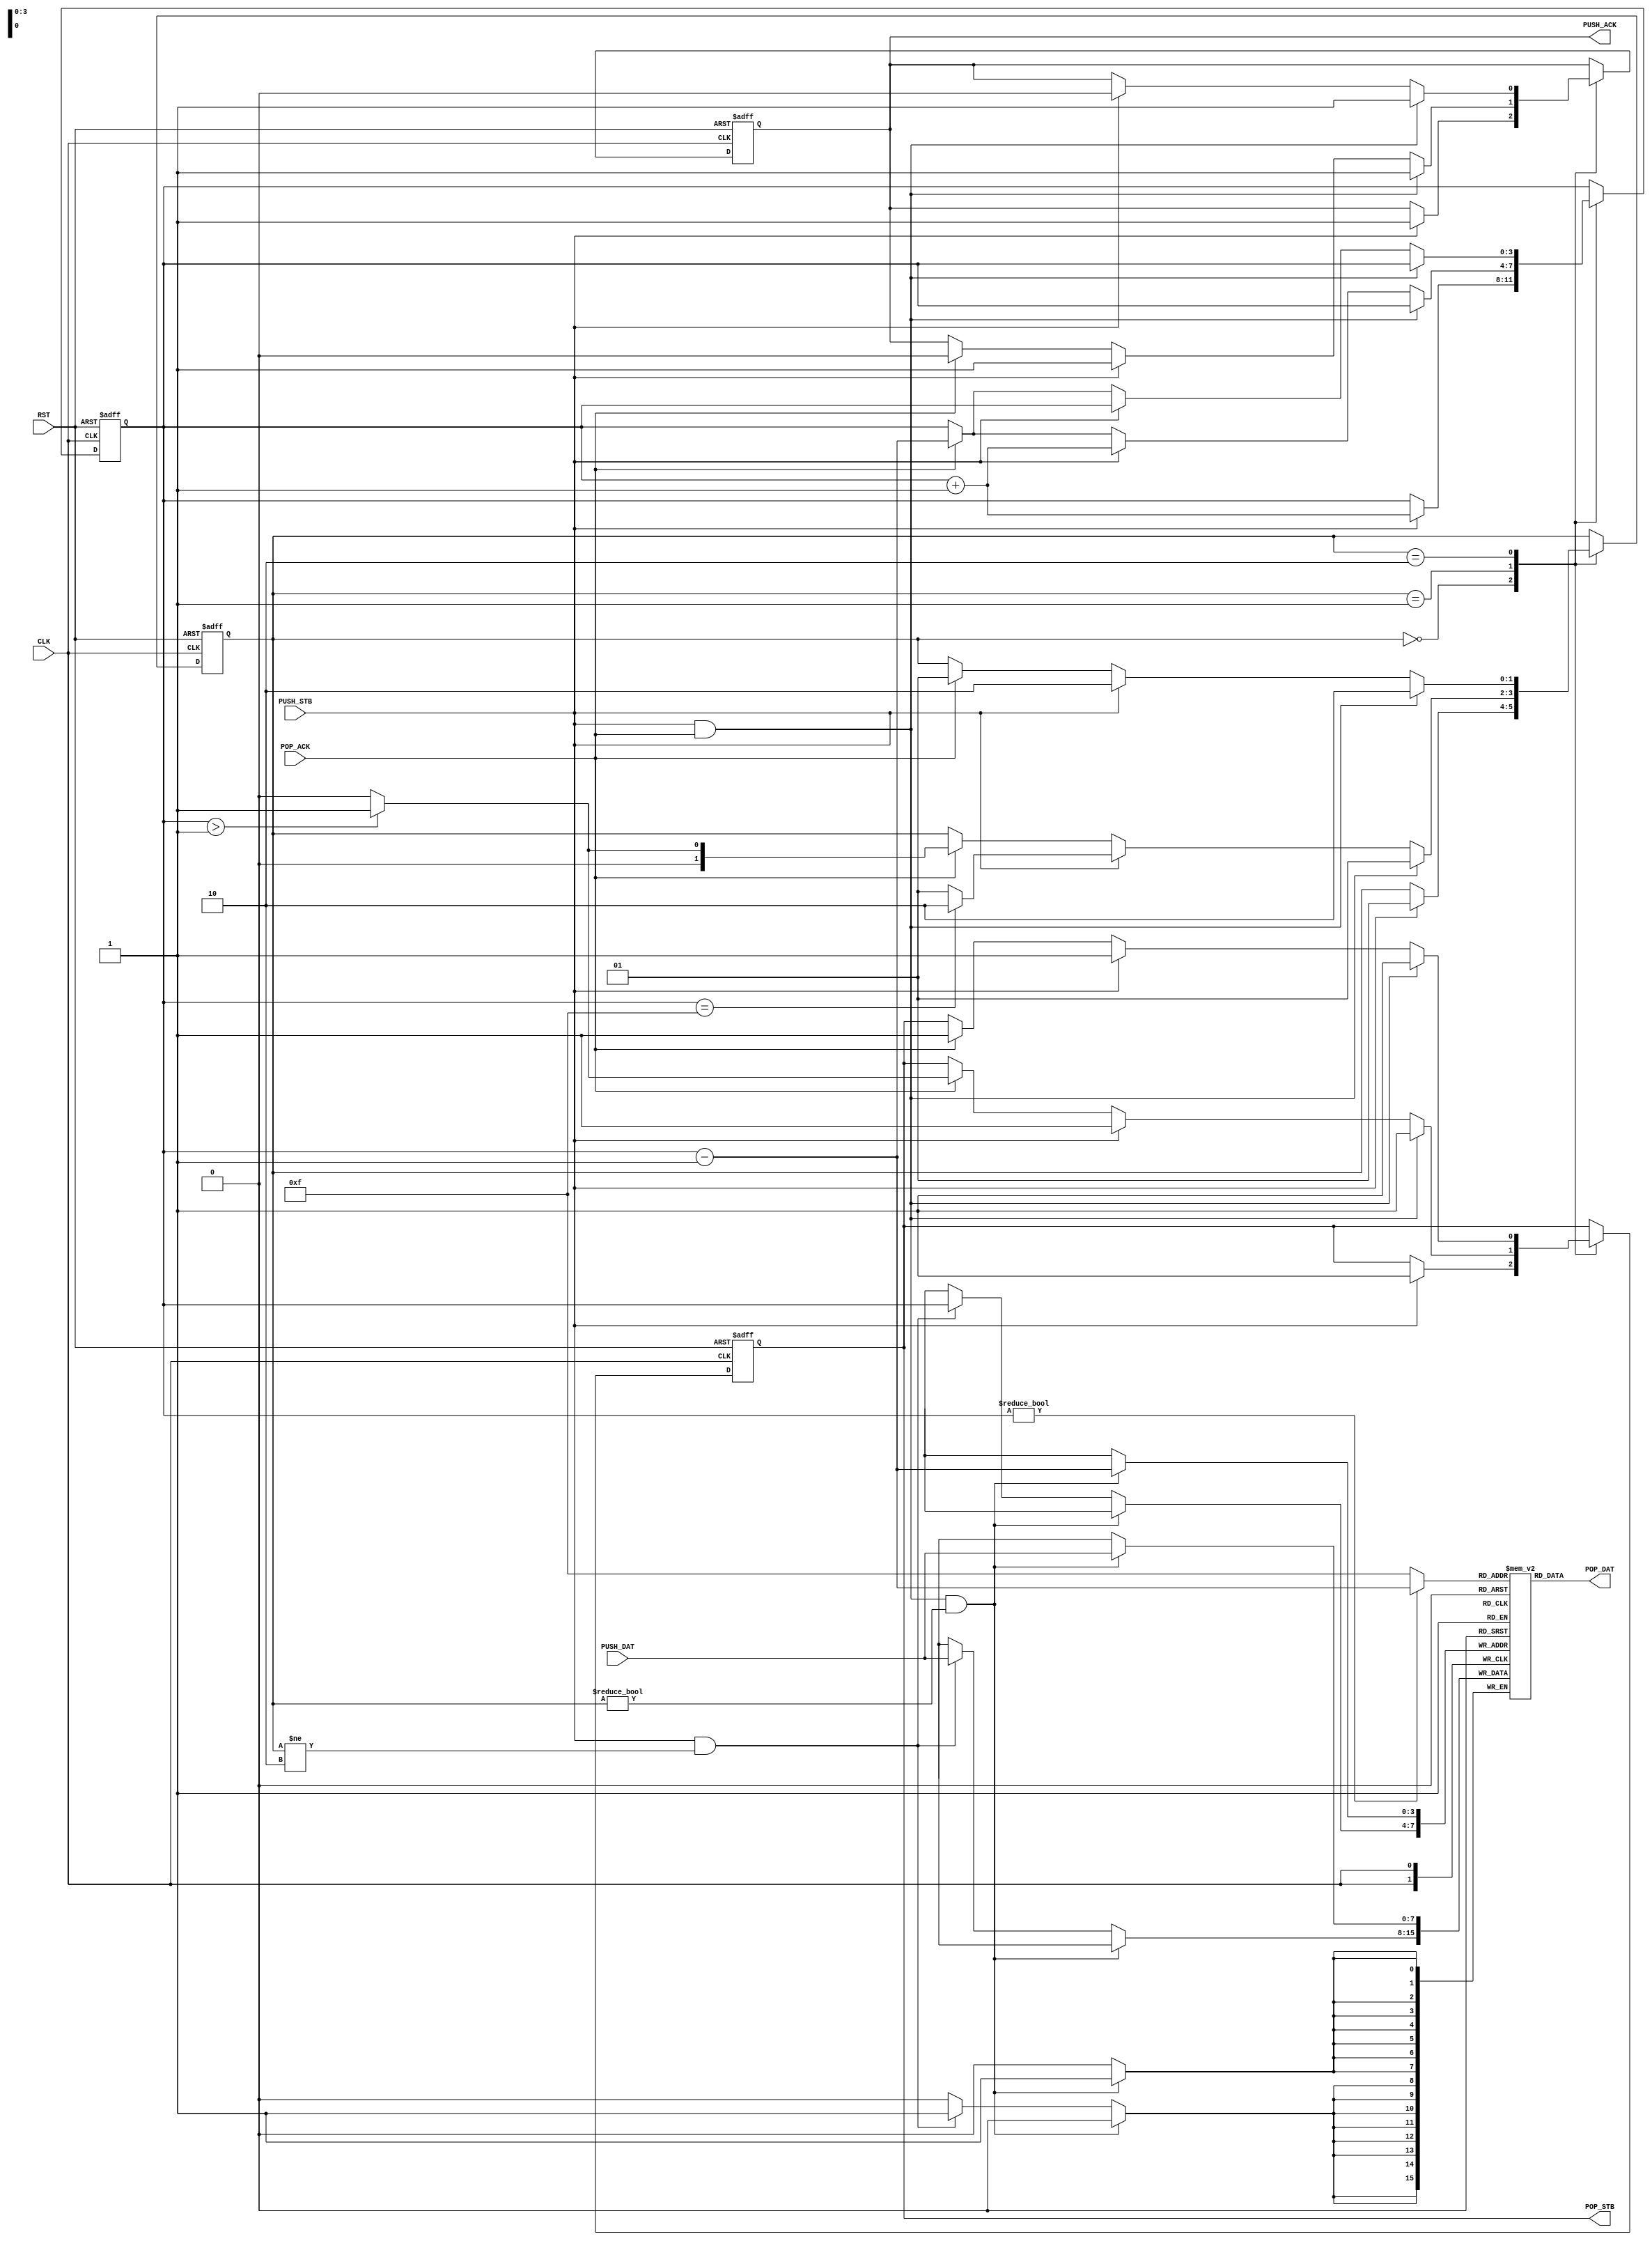
module stack
(
    input   wire            CLK,
    input   wire            RST,
    
    input   wire            PUSH_STB,
    input   wire [7:0]      PUSH_DAT,
    output  reg             PUSH_ACK,
    
    output  reg             POP_STB,
    output  wire [7:0]      POP_DAT,
    input   wire            POP_ACK
);

    reg [3:0]       sp; // stack top pointer
    reg [7:0]       mem [0:15];
    reg [1:0]       stack_state;
    
    always@(posedge CLK or posedge RST)
        if(RST) begin
            PUSH_ACK    <= 1'h0;
            POP_STB     <= 1'h0;
            sp          <= 4'h0;
            stack_state <= 0;
        end
        else casex(stack_state)
//////// empty
        0: begin
//            if (PUSH_STB && POP_ACK) begin
//               PUSH_ACK     <= 1'h1;
//               POP_STB      <= 1'h0;
//               stack_state  <= 1;
//               sp           <= sp ;
//            end
            if(PUSH_STB) begin
                PUSH_ACK    <= 1'h1;
                POP_STB     <= 1'h1;
                stack_state <= 1;
                sp          <= sp + 4'h1;
            end
        end
//////// not empty
        1: begin
            if (PUSH_STB && POP_ACK) begin
               PUSH_ACK     <= 1'h1;
               POP_STB      <= 1'h1;
               stack_state  <= 1;
               sp           <= sp;
            end
            else if (PUSH_STB) begin
               PUSH_ACK     <= 1'h1;
               POP_STB      <= 1'h1;
               stack_state  <= (sp == 4'hF)? 2 : 1;
               //sp           <= (sp == 4'hF)? sp : sp + 4'h1;
               sp           <= sp + 4'h1;
            end
            else if (POP_ACK) begin
               PUSH_ACK     <= 1'h0;
               POP_STB      <= (sp > 4'h1)? 1 : 0;
               stack_state  <= (sp > 4'h1)? 1 : 0; 
               //sp           <= (sp >= 4'h1)? sp - 4'h1 : sp;
               sp           <= sp - 4'h1;
            end
        end
//////// full
        2: begin
            if (PUSH_STB && POP_ACK) begin
               PUSH_ACK     <= 1'h1;
               POP_STB      <= 1'h1;
               stack_state  <= 2;
               sp           <= sp;
            end
            else if (PUSH_STB) begin
               PUSH_ACK     <= 1'h0;
               POP_STB      <= 1'h1;
               stack_state  <= 2;
               sp           <= sp;
            end
            else if (POP_ACK) begin
               POP_STB      <= 1'h1;
               stack_state  <= 1;
               sp           <= sp - 4'h1;
            end
        end
    endcase
/////////////
    
    always@(negedge CLK) $display("mem[%d]=%d", sp, mem[sp]);

    always@(posedge CLK) begin 
        if (PUSH_STB && POP_ACK && stack_state != 0) mem[sp - 1] <= PUSH_DAT;
        else if (PUSH_STB && stack_state != 2) mem[sp] <= PUSH_DAT;
    end

    assign      POP_DAT = mem [(sp)? sp - 4'h1 : 4'hF];
    //assign      POP_DAT = mem [sp];

endmodule